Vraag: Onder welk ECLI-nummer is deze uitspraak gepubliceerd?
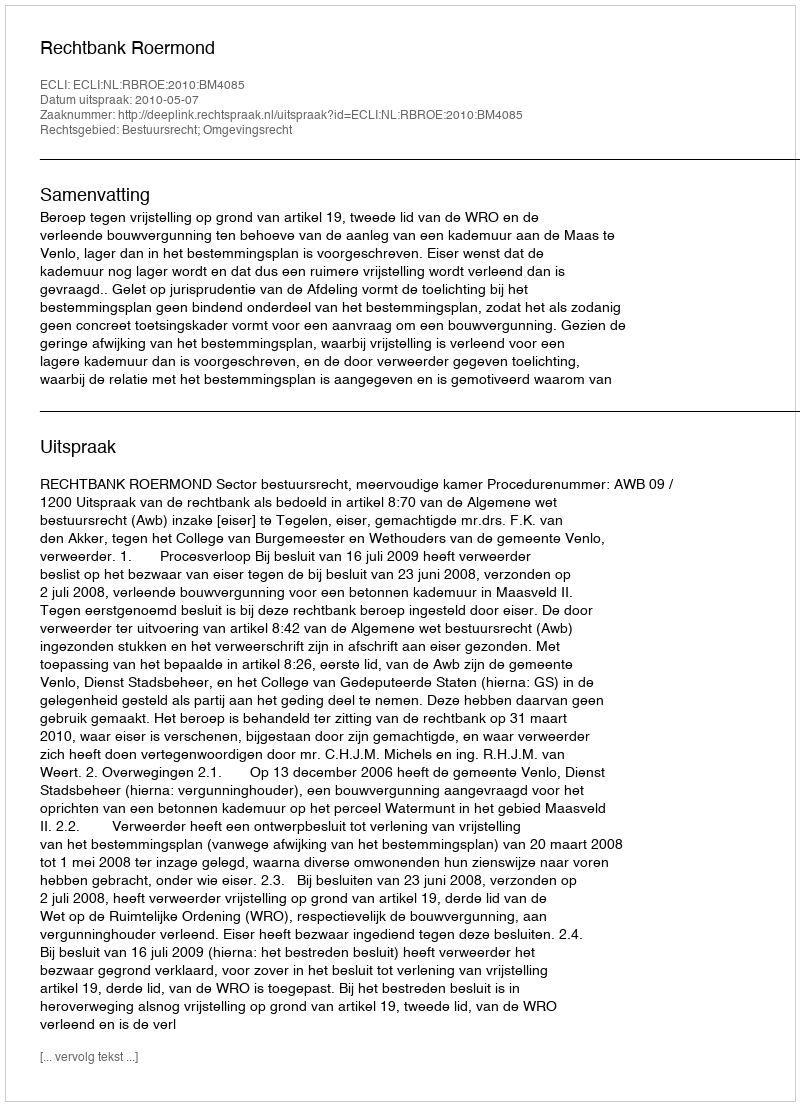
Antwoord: ECLI:NL:RBROE:2010:BM4085